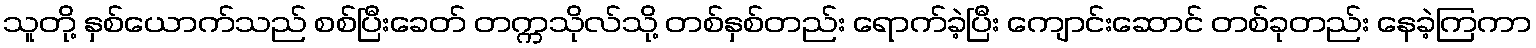
သူတို့ နှစ်ယောက်သည် စစ်ပြီးခေတ် တက္ကသိုလ်သို့ တစ်နှစ်တည်း ရောက်ခဲ့ပြီး ကျောင်းဆောင် တစ်ခုတည်း နေခဲ့ကြကာ